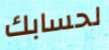
لحسابك